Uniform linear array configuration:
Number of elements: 24
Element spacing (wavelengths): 0.5
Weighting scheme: exponential
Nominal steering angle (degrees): -15
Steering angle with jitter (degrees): -14.422
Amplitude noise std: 0.05
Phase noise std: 0.05

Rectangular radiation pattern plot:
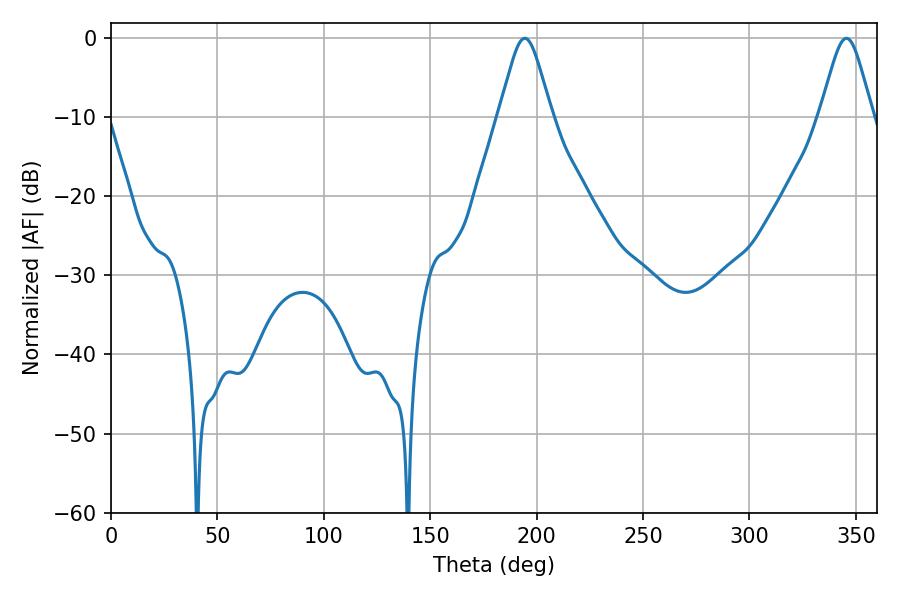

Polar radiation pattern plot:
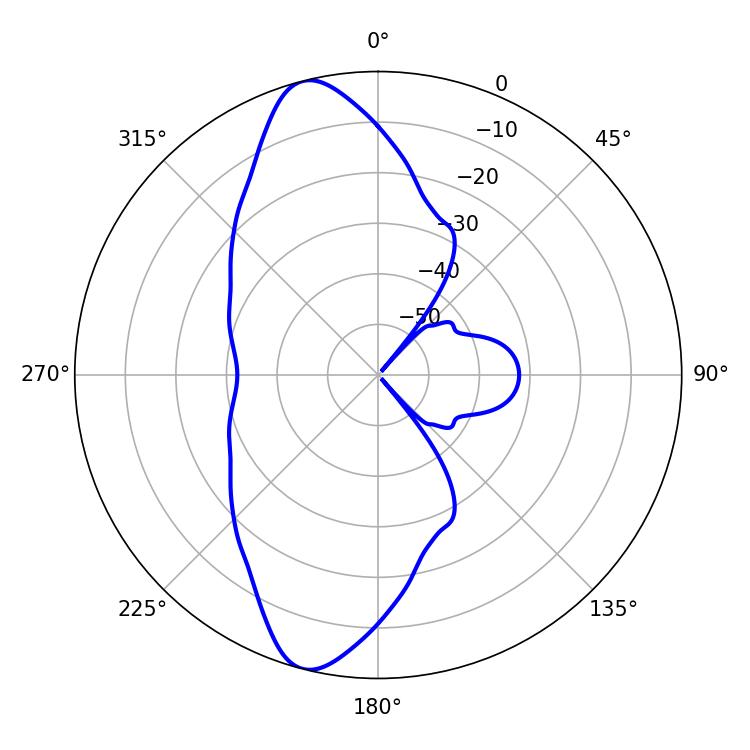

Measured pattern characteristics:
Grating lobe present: FALSE
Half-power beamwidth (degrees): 12.06
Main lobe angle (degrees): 194.4